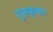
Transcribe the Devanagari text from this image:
गुरूकुलम